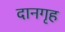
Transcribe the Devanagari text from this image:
दानगृह